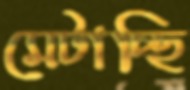
মেটাচ্ছি